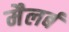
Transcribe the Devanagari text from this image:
मैलर्ब